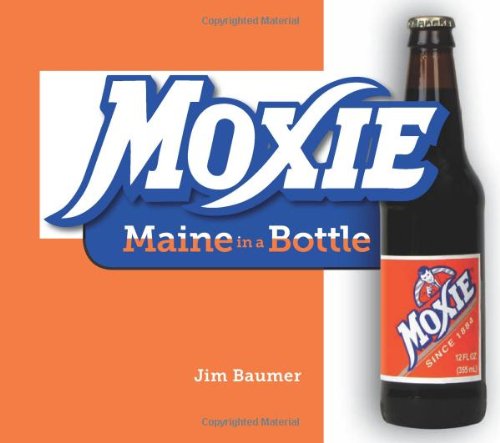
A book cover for Moxie: Maine in a Bottle; Jim Baumer; Business & Money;